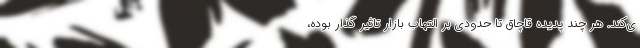
ی‌کند. هر چند پدیده قاچاق تا حدودی بر التهاب بازار تاثیر گذار بوده،